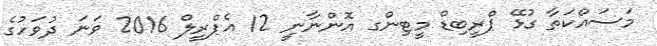
މަސައްކަތާ ގުޅޭ ޕްރީބިޑް މީޓިންގ އޮންނާނީ 12 އެޕްރީލް 2016 ވަނަ ދުވަހުގެ